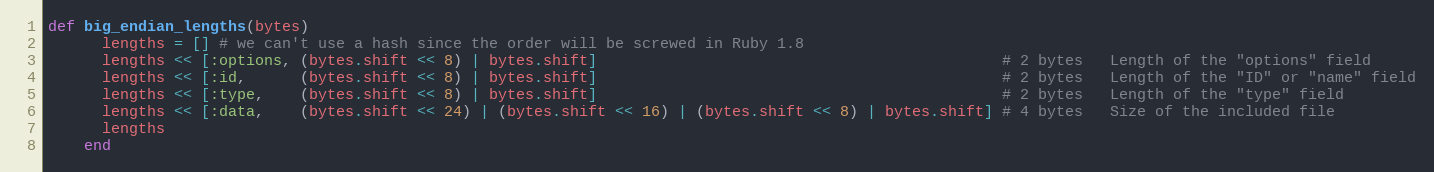
Language: Ruby
def big_endian_lengths(bytes)
      lengths = [] # we can't use a hash since the order will be screwed in Ruby 1.8
      lengths << [:options, (bytes.shift << 8) | bytes.shift]                                             # 2 bytes   Length of the "options" field
      lengths << [:id,      (bytes.shift << 8) | bytes.shift]                                             # 2 bytes   Length of the "ID" or "name" field
      lengths << [:type,    (bytes.shift << 8) | bytes.shift]                                             # 2 bytes   Length of the "type" field
      lengths << [:data,    (bytes.shift << 24) | (bytes.shift << 16) | (bytes.shift << 8) | bytes.shift] # 4 bytes   Size of the included file
      lengths
    end